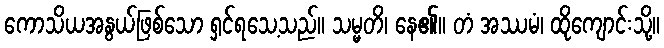
ကောသိယအနွယ်ဖြစ်သော ရှင်ရသေ့သည်။ သမ္မတိ၊ နေ၏။ တံ အဿမံ၊ ထိုကျောင်းသို့။